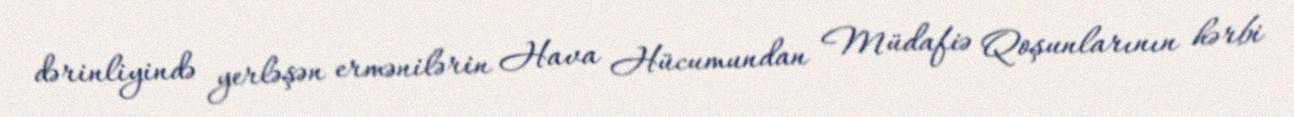
dərinliyində yerləşən ermənilərin Hava Hücumundan Müdafiə Qoşunlarının hərbi